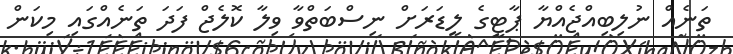
ތަނެއް ނުލިބިއްޖެއްޔާ ޕާޓީގެ ލީޑަރަށް ނިސްބަތްވާ ވިލާ ކޮލެޖް ފަދަ ތަނެއްގައި މިކަން